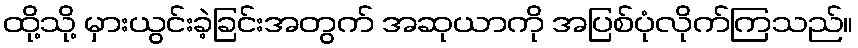
ထို့သို့ မှားယွင်းခဲ့ခြင်းအတွက် အဆုယာကို အပြစ်ပုံလိုက်ကြသည်။